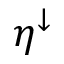
\eta ^ { \downarrow }